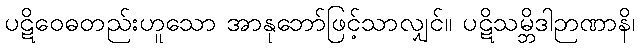
ပဋိဝေဓတည်းဟူသော အာနုဘော်ဖြင့်သာလျှင်။ ပဋိသမ္ဘိဒါဉာဏာနိ၊